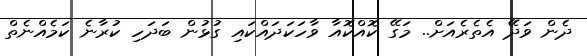
ދެން ވަދޭ އެތެރެއަށް.. މަގޭ ކޮއްކޮއާ ވާހަކަދައްކައި ގުޅުން ބަދަހި ކުރާނެ ކަމެއްނެތް